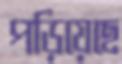
পড়িয়েছে